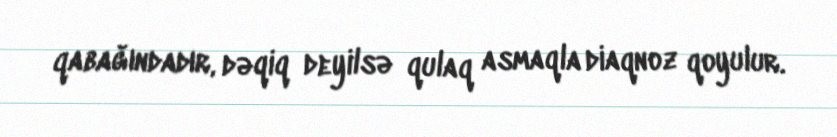
qabağındadır, dəqiq deyilsə qulaq asmaqla diaqnoz qoyulur.